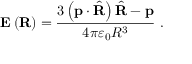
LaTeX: \mathbf { E } \left( \mathbf { R } \right) = { \frac { 3 \left( \mathbf { p } \cdot { \hat { \mathbf { R } } } \right) { \hat { \mathbf { R } } } - \mathbf { p } } { 4 \pi \varepsilon _ { 0 } R ^ { 3 } } } \ .